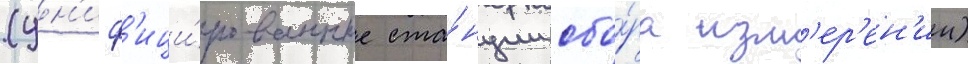
(ун'иф'ици́рованные ста́нции сбо́ра изм'ер'ен'ии)